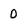
Character: 0